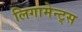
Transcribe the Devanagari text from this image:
लिगामेन्ट्स